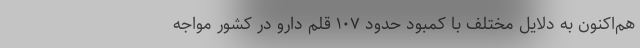
هم‌اکنون به دلایل مختلف با کمبود حدود ۱۰۷ قلم دارو در کشور مواجه